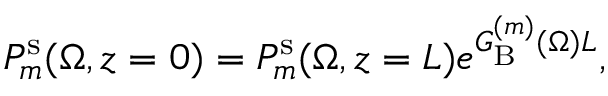
P _ { m } ^ { \mathrm { s } } ( \Omega , z = 0 ) = P _ { m } ^ { \mathrm { s } } ( \Omega , z = L ) e ^ { G _ { \mathrm { B } } ^ { ( m ) } ( \Omega ) L } ,